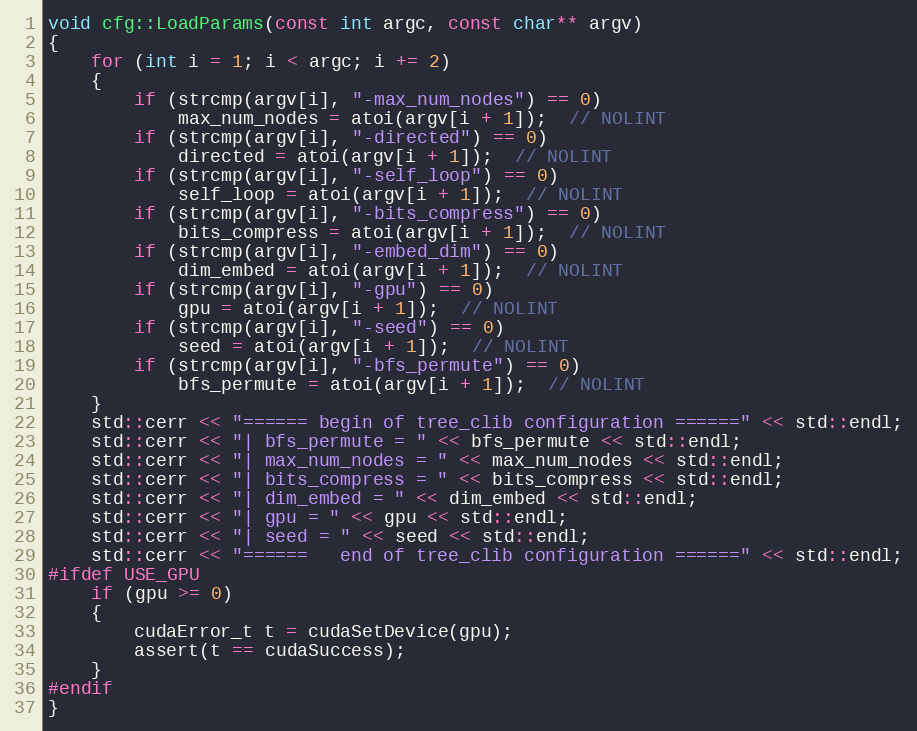
Language: C++
void cfg::LoadParams(const int argc, const char** argv)
{
    for (int i = 1; i < argc; i += 2)
    {
        if (strcmp(argv[i], "-max_num_nodes") == 0)
            max_num_nodes = atoi(argv[i + 1]);  // NOLINT
        if (strcmp(argv[i], "-directed") == 0)
            directed = atoi(argv[i + 1]);  // NOLINT
        if (strcmp(argv[i], "-self_loop") == 0)
            self_loop = atoi(argv[i + 1]);  // NOLINT
        if (strcmp(argv[i], "-bits_compress") == 0)
            bits_compress = atoi(argv[i + 1]);  // NOLINT
        if (strcmp(argv[i], "-embed_dim") == 0)
            dim_embed = atoi(argv[i + 1]);  // NOLINT
        if (strcmp(argv[i], "-gpu") == 0)
            gpu = atoi(argv[i + 1]);  // NOLINT
        if (strcmp(argv[i], "-seed") == 0)
            seed = atoi(argv[i + 1]);  // NOLINT
        if (strcmp(argv[i], "-bfs_permute") == 0)
            bfs_permute = atoi(argv[i + 1]);  // NOLINT
    }
    std::cerr << "====== begin of tree_clib configuration ======" << std::endl;
    std::cerr << "| bfs_permute = " << bfs_permute << std::endl;
    std::cerr << "| max_num_nodes = " << max_num_nodes << std::endl;
    std::cerr << "| bits_compress = " << bits_compress << std::endl;
    std::cerr << "| dim_embed = " << dim_embed << std::endl;
    std::cerr << "| gpu = " << gpu << std::endl;
    std::cerr << "| seed = " << seed << std::endl;
    std::cerr << "======   end of tree_clib configuration ======" << std::endl;
#ifdef USE_GPU
    if (gpu >= 0)
    {
        cudaError_t t = cudaSetDevice(gpu);
        assert(t == cudaSuccess);
    }
#endif
}